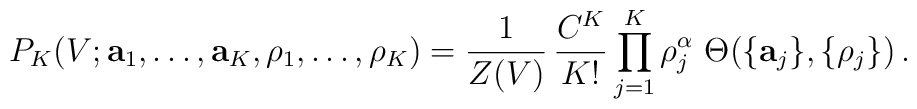
P_K(V; {\bf a}_1, \ldots, {\bf a}_K, \rho_1, \ldots, \rho_K) =\frac{1}{Z(V)} \, \frac{C^K}{K!}\prod_{j=1}^{K}\rho_j^{\alpha} \ \Theta(\{{\bf a}_j\},\{\rho_j\}) \,.